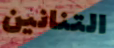
التنانين